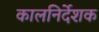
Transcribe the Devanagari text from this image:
कालनिर्देशक